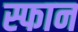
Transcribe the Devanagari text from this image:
स्फान